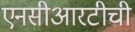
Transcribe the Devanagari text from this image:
एनसीआरटीची